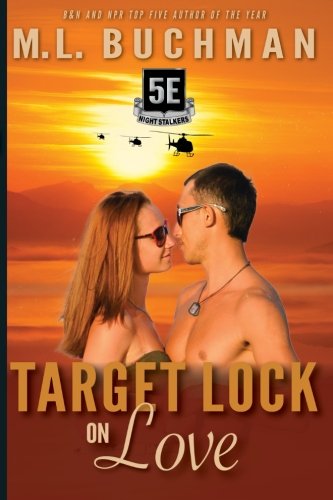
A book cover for Target Lock On Love (The Night Stalkers) (Volume 22); M. L. Buchman; Romance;